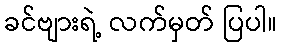
ခင်ဗျားရဲ့ လက်မှတ် ပြပါ။